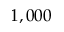
1 , 0 0 0